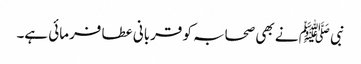
نبی ﷺ نے بھی صحابہ کو قربانی عطا فرمائی ہے۔